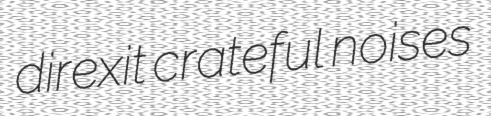
direxit crateful noises